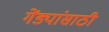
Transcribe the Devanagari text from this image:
गेंड्यांसाठी